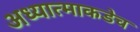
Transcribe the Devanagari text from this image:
अध्यात्माकडेच